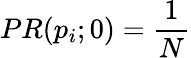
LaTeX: PR(p_{i};0)={\frac{1}{N}}